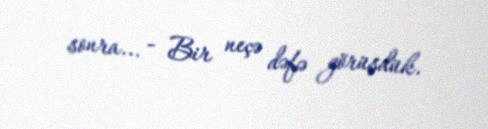
sonra... - Bir neçə dəfə görüşdük.